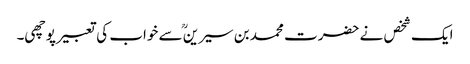
ایک شخص نے حضرت محمد بن سیرینؒ سے خواب کی تعبیر پوچھی۔